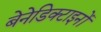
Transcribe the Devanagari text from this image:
बेनेडिक्टाइनों